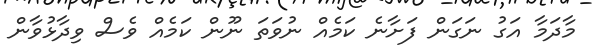
މާދަމާ އަގު ނަގަން ފަށާނެ ކަމެއް ނުވަތަ ނޫން ކަމެއް ވެސް ވިދާޅުވާން